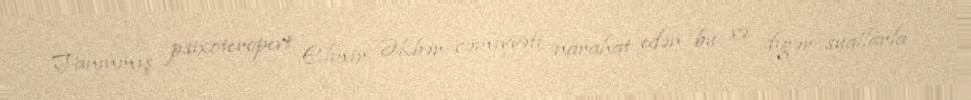
Tanınmış psixoteropevt Elmir Əkbər cəmiyyəti narahat edən bu və digər suallarla